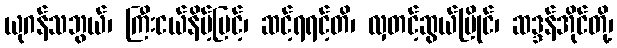
ယုဂန်သဘွယ်၊ ကြီးငယ်နိမ့်မြင့်၊ ဆင့်ရရင့်တိ၊ လှတင့်ဆွယ်ပြိုင်၊ ဆဒ္ဒန်အိုင်တို့၊